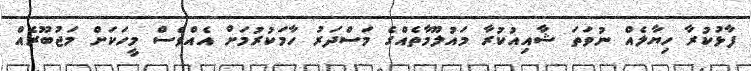
ފާޅުކުރާ ހިޔާލެއް ނުވަތަ ޝާއިއުކުރާ މައުލޫމާތެއްގެ މަސްދަރު ހާމަކުރުމަށް އެއްވެސް މީހަކަށް މަޖުބޫރެއް